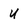
Character: u